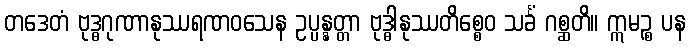
တဒေတံ ဗုဒ္ဓဂုဏာနုဿရဏဝသေန ဥပ္ပန္နတ္တာ ဗုဒ္ဓါနုဿတိစ္စေဝ သင်္ခံ ဂစ္ဆတိ။ ဣမဉ္စ ပန